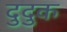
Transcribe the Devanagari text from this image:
दुदुक